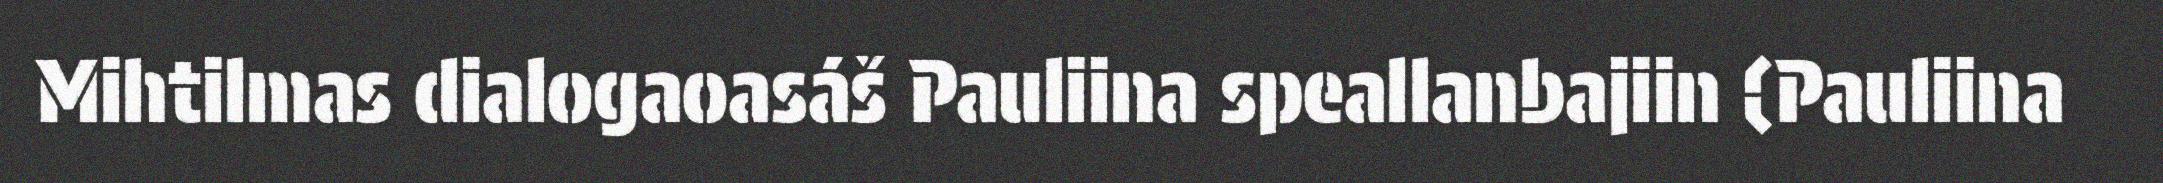
Mihtilmas dialogaoasáš Pauliina speallanbajiin (Pauliina